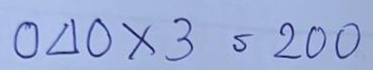
040 x 3 = 200